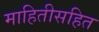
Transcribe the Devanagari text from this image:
माहितीसहित